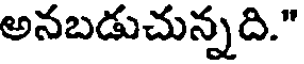
అనబడుచున్నది."